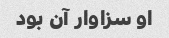
او سزاوار آن بود